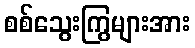
စစ်သွေးကြွများအား